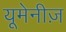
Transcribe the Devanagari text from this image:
यूमेनीज़